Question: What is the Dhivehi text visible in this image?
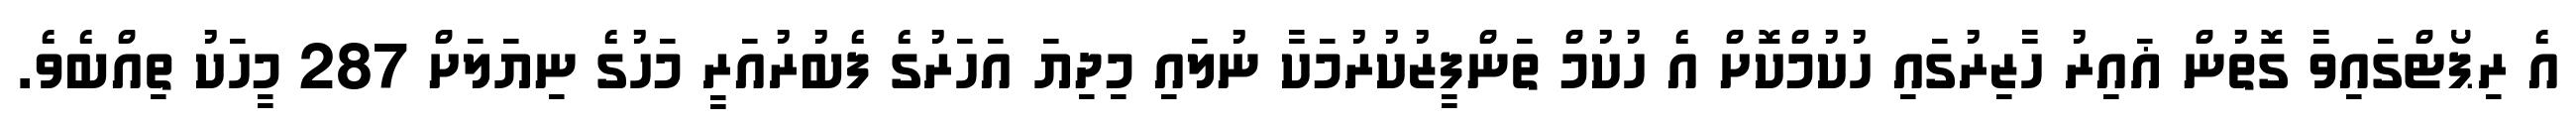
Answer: އެ ރިޕޯޓްގައިވާ ގޮތުން ޣައިރު ހާޒިރުގައި ހުކުމްކޮށް އެ ހުކުމް ތަންފީޒުކުރުމަކާ ނުލައި މިދިޔަ އަހަރުގެ ފެބުރުއަރީ މަހުގެ ނިޔަލަށް 287 މީހަކު ތިއްބެވެ.